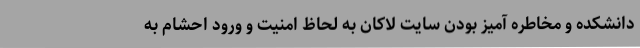
دانشکده و مخاطره آمیز بودن سایت لاکان به لحاظ امنیت و ورود احشام به